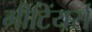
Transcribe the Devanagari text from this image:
मीटिंयर्स